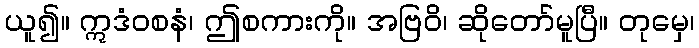
ယူ၍။ ဣဒံဝစနံ၊ ဤစကားကို။ အဗြဝိ၊ ဆိုတော်မူပြီ။ တုမှေ၊